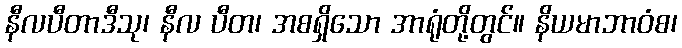
နီလပီတာဒီသု၊ နီလ ပီတ၊ အစရှိသော အာရုံတို့တွင်။ နိယမာဘာဝံစ၊